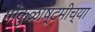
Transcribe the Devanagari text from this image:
गोकुळाष्टमीच्या